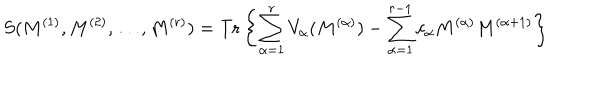
S ( M ^ { ( 1 ) } , M ^ { ( 2 ) } , \ldots , M ^ { ( r ) } ) = \mathrm { T r } \left\{ \sum _ { \alpha = 1 } ^ { r } V _ { \alpha } ( M ^ { ( \alpha ) } ) - \sum _ { \alpha = 1 } ^ { r - 1 } c _ { \alpha } M ^ { ( \alpha ) } M ^ { ( \alpha + 1 ) } \right\}